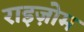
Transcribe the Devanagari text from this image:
राइज़ोम